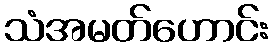
သံအမတ်ဟောင်း